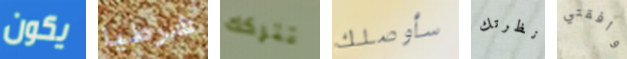
يكون شرطيا تتركك سأوصلك نظرتك وافقتي